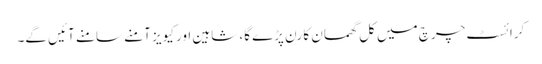
کرائسٹ چرچ میں کل گھمسان کا رن پڑے گا، شاہین اور کیویز آمنے سامنے آئیں گے۔